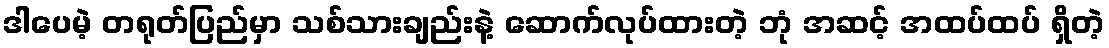
ဒါပေမဲ့ တရုတ်ပြည်မှာ သစ်သားချည်းနဲ့ ဆောက်လုပ်ထားတဲ့ ဘုံ အဆင့် အထပ်ထပ် ရှိတဲ့